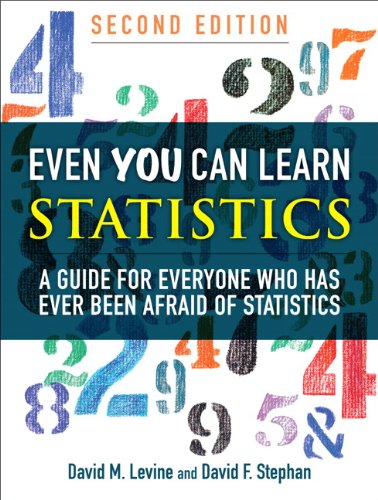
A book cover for Even You Can Learn Statistics: A Guide for Everyone Who Has Ever Been Afraid of Statistics (2nd Edition); David M. Levine; Business & Money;